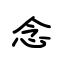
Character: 念